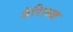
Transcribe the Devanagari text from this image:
गेरित्स्ज़